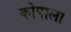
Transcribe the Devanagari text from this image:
कोपाला